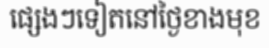
ផ្សេងៗទៀតនៅថ្ងៃខាងមុខ